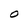
Character: O